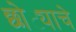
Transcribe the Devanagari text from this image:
छोट्याचे